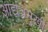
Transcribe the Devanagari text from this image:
आद्यंत्रमुखी